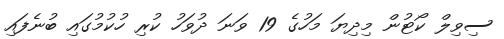
ސިވިލް ކޯޓުން މިދިޔަ މަހުގެ 19 ވަނަ ދުވަހު ކުރި ހުކުމުގައި ބުނެފައި